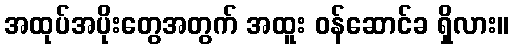
အထုပ်အပိုးတွေအတွက် အထူး ဝန်ဆောင်ခ ရှိလား။